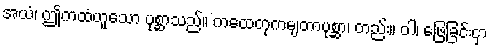
အယံ၊ ဤကထံဟူသော ပုစ္ဆာသည်။ ကထေတုကမျတာပုစ္ဆာ၊ တည်း။ ဝါ၊ ဖြေခြင်းငှာ